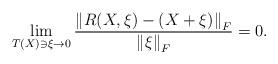
LaTeX: \begin{align*}\lim_{T(X)\ni\xi\rightarrow 0} \frac{\left\|R(X, \xi)-(X+\xi)\right\|_F}{\left\|\xi \right\|_F}=0.\end{align*}